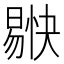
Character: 𭧚